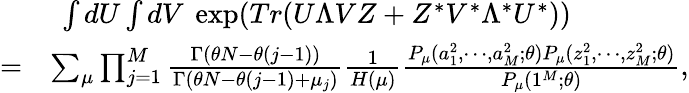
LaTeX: \begin{array}{rl}&{\ \int dU\int dV\ \exp(Tr(U\Lambda VZ+Z^{*}V^{*}\Lambda^{*}U^{*}))}\\ {=}&{\sum_{\mu}\prod_{j=1}^{M}\frac{\Gamma(\theta N-\theta(j-1))}{\Gamma(\theta N-\theta(j-1)+\mu_{j})}\frac{1}{H(\mu)}\frac{P_{\mu}(a_{1}^{2},\cdots,a_{M}^{2};\theta)P_{\mu}(z_{1}^{2},\cdots,z_{M}^{2};\theta)}{P_{\mu}(1^{M};\theta)},}\end{array}